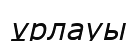
ұрлауы